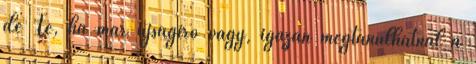
de Te, ha már újságí­ró vagy, igazán megtanulhatnál a